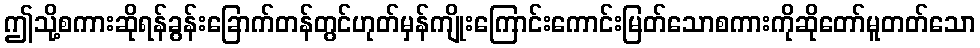
ဤသို့စကားဆိုရန်ခွန်းခြောက်တန်တွင်ဟုတ်မှန်ကျိုးကြောင်းကောင်းမြတ်သောစကားကိုဆိုတော်မူတတ်သော